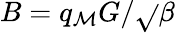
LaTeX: B=q_{\mathcal{M}}G/\sqrt{}{{\beta}}